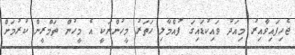
ޖެހިފައިވާއިރު މިއަދު ވައިކުޑައިގަ ފުއްމާލި ހަތަރު މީހުންނަކީ އެ މީހުން ތަމްރީން ކުރުމަށް